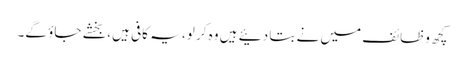
کچھ وظائف میں نے بتا دئیے ہیں وہ کر لو، یہ کافی ہیں، بخشے جاؤ گے۔